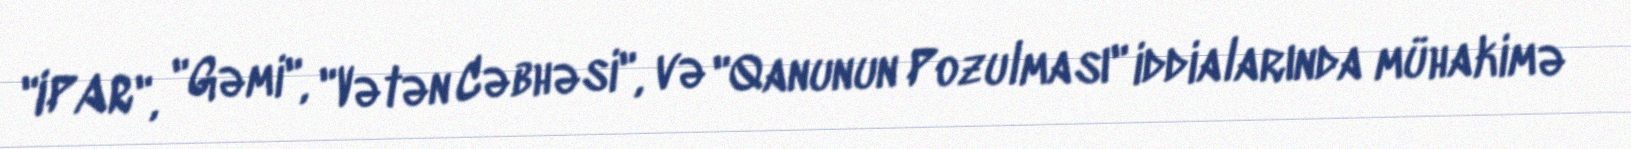
"IPAR", "Gəmi", "Vətən Cəbhəsi", və "Qanunun Pozulması" iddialarında mühakimə